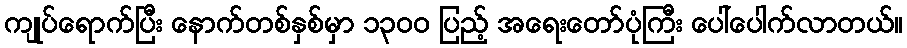
ကျုပ်ရောက်ပြီး နောက်တစ်နှစ်မှာ ၁၃၀၀ ပြည့် အရေးတော်ပုံကြီး ပေါ်ပေါက်လာတယ်။